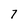
Character: 7